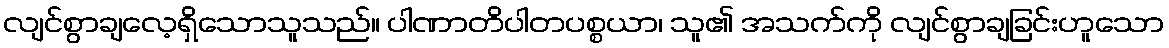
လျင်စွာချလေ့ရှိသောသူသည်။ ပါဏာတိပါတပစ္စယာ၊ သူ၏ အသက်ကို လျင်စွာချခြင်းဟူသော